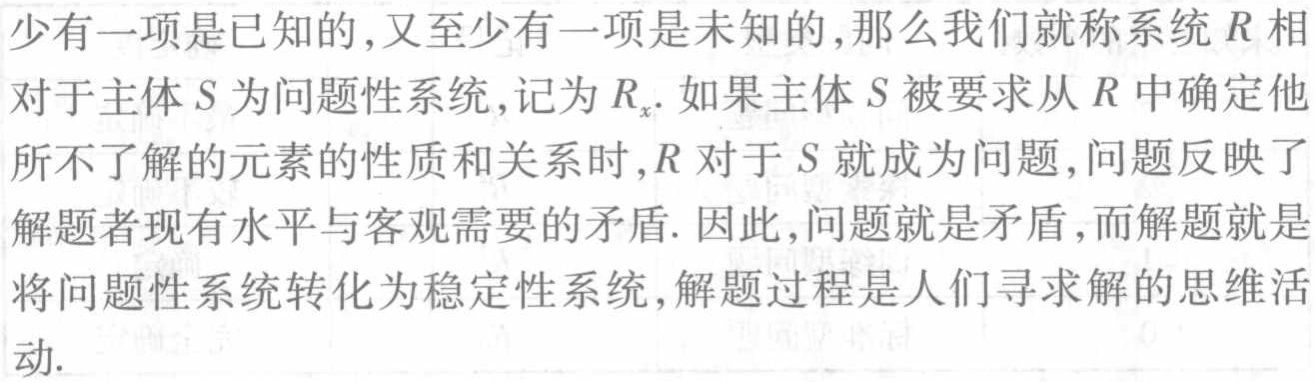
少有一项是已知的,又至少有一项是未知的,那么我们就称系统$R$相对于主体$S$为问题性系统,记为$R_x$. 如果主体$S$被要求从$R$中确定他所不了解的元素的性质和关系时,$R$对于$S$就成为问题,问题反映了解题者现有水平与客观需要的矛盾. 因此,问题就是矛盾,而解题就是将问题性系统转化为稳定性系统,解题过程是人们寻求解的思维活动.